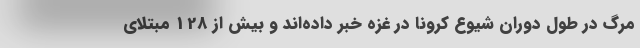
مرگ در طول دوران شیوع کرونا در غزه خبر داده‌اند و بیش از 128 مبتلای